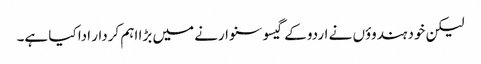
لیکن خود ہندوؤں نے اردو کے گیسو سنوارنے میں بڑا اہم کردار ادا کیا ہے۔